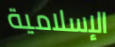
الإسلامية